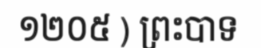
១២០៥ ) ព្រះបាទ